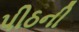
પીઠની